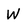
Character: w